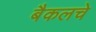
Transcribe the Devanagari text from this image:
बैकलचे